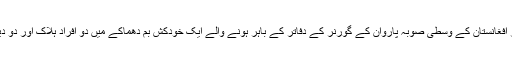
اس سے قبل گزشتہ روز افغانستان کے وسطی صوبہ پاروان کے گورنر کے دفاتر کے باہر ہونے والے ایک خودکش بم دھماکے میں دو افراد ہلاک اور دو دیگر زخمی ہوگئے تھے۔